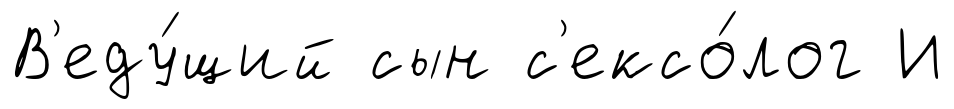
В'еду́щий сын с'ексо́лог И